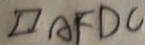
\square A F D C